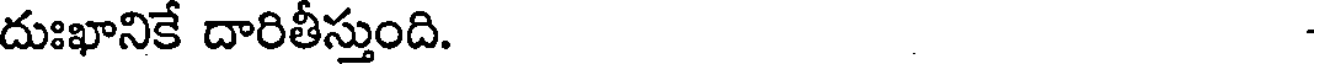
దుఃఖానికే దారితీస్తుంది.